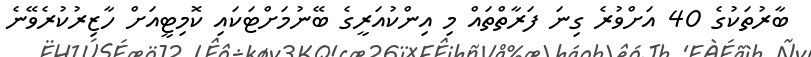
ބާރުތަކުގެ 40 އަށްވުރެ ގިނަ ފަރާތްތައް މި އިންކުއަރީގެ ބޭނުމަށްޓަކައި ކޮމިޓީއަށް ހާޒިރުކުރެވޭނެ